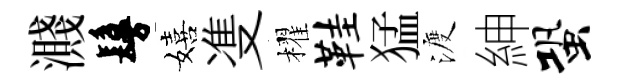
濺鬘嬉㕠櫂鞋猛渡紳蛩